Source: Handwritten
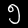
Digit: ၅ (5)